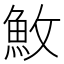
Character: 䰻